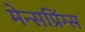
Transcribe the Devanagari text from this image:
मेन्सप्रिंग्स